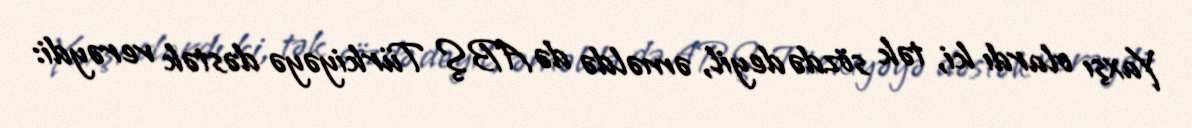
Yaxşı olardı ki, tək sözdə deyil, əməldə də ABŞ Türkiyəyə dəstək verəydi: